Leningradi_Edasi_toimetus, lk 10
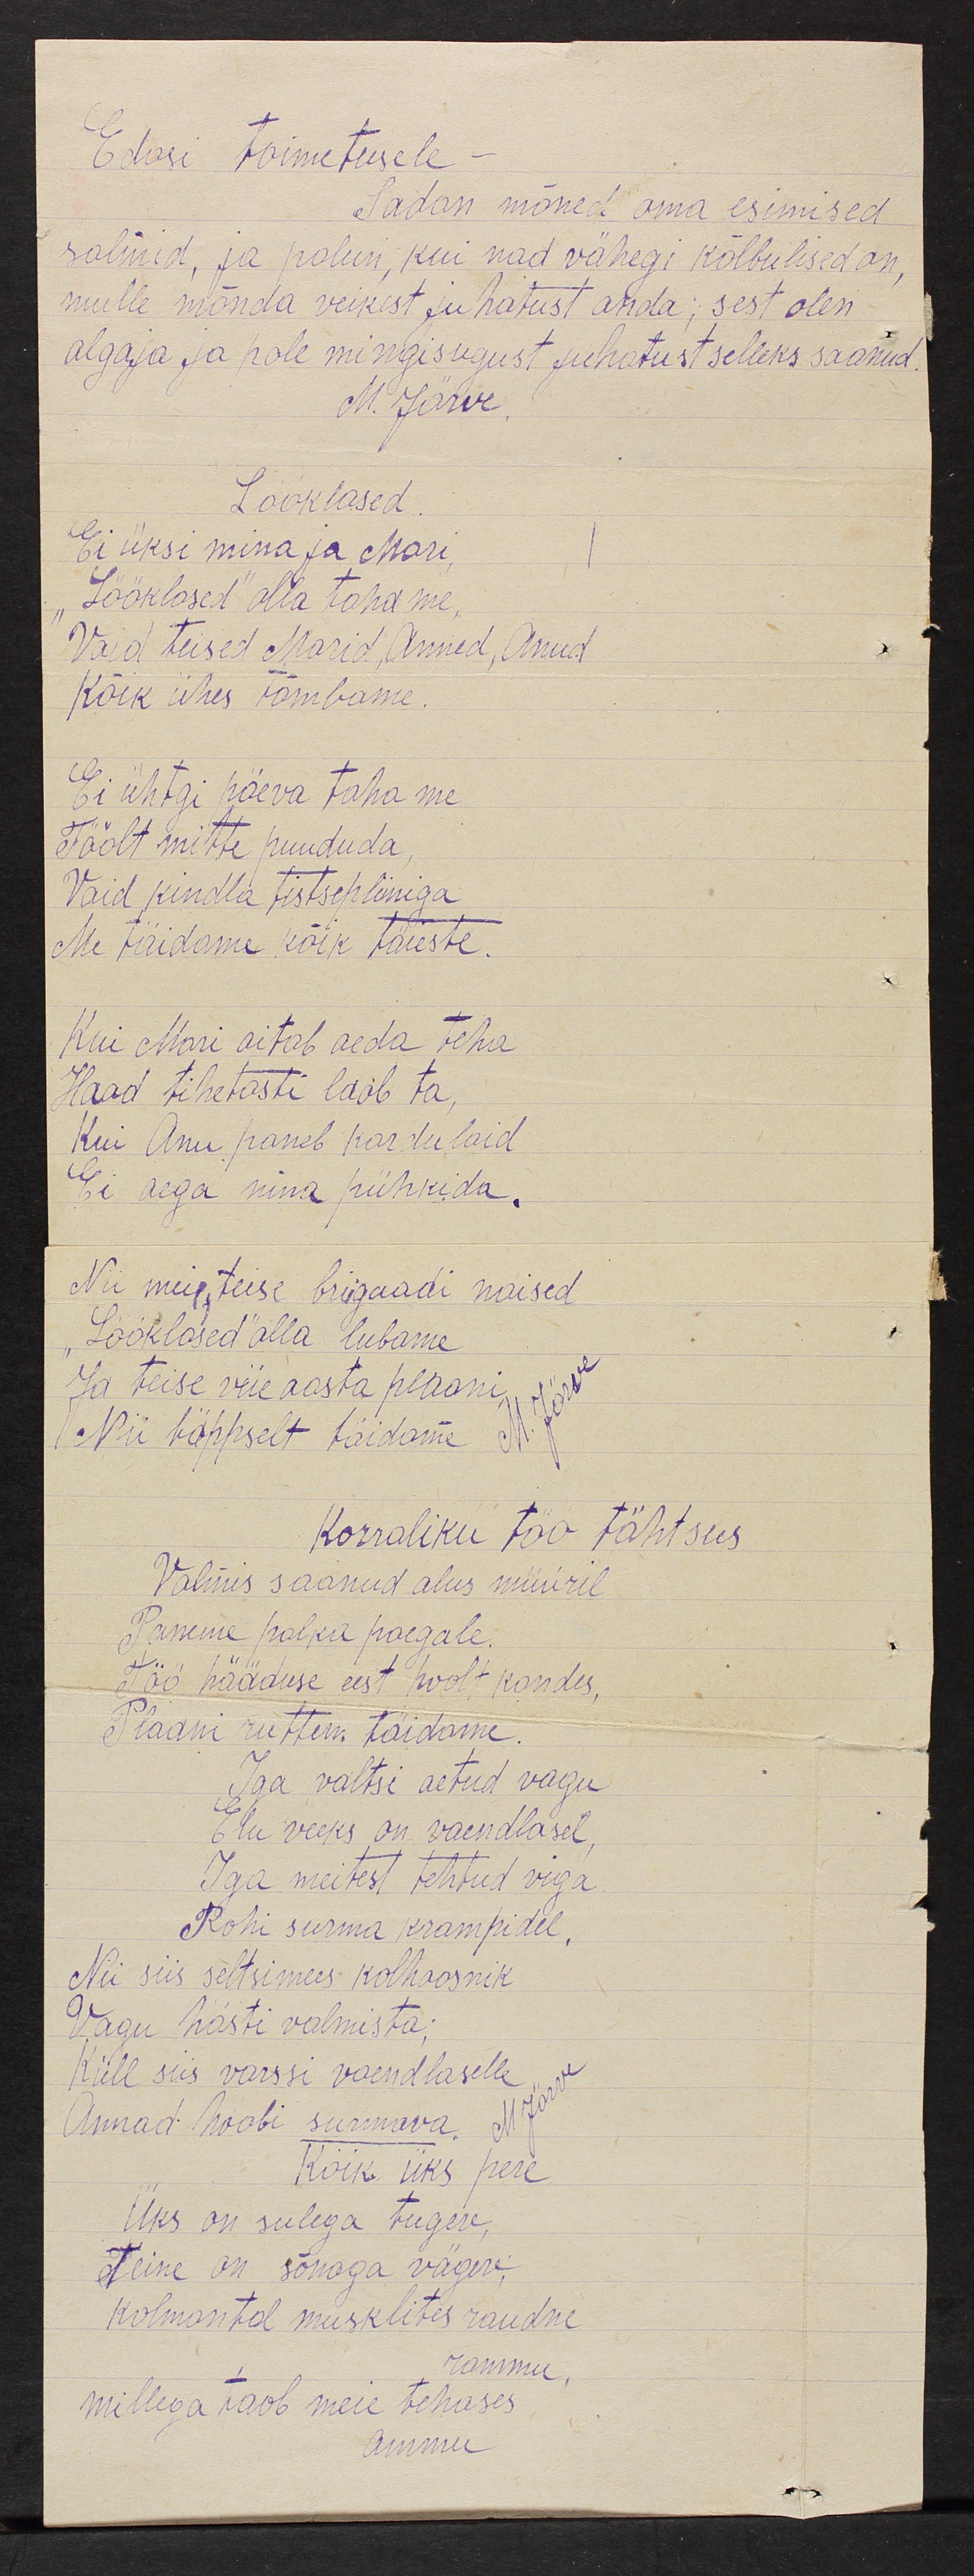
Edasi toimetusele
Saadan mõned oma esimised 
salmid, ja palun, kui nad vähegi kõlbulised on,
mulle mõnda veikest juhatust anda; sest olen
algaja ja pole mingisugust juhatust selleks saanud 
M. Järve
Lööklased
Ei üksi mina ja Mari,
"Lööklased" olla tahame,
Vaid teised Marid, Anned, Anud
Kõik ühes tõmbame.
Ei ühtegi päeva taha me
Töölt mitte puududa,
Vaid kindla tistsepliiniga
Me täidame kõik täieste.
Kui Mari aitab aeda teha
Haad tihetaste laob ta,
Kui Anu paneb kardulaid
Ei aega nina pühkida.
Nii meie teise brigaadi naised
"Lööklased" olla lubame
Ja teise viie aasta plaani
Nii täppselt täidame
Korraliku töö tähtsus
Valmis saanud alus müüril
Paneme palka paegale
Töö hääduse eest hoolt kandis
Plaani ruttem täidame.
Iga valtsi aetud vagu
Elu veeks on vaendlasel
Iga meitest tehtud viga
Rohi surma krampidel,
Nii siis seltsimees kolhoosnik
Vagu hästi valmista;
Küll siis varssi vaendlaselle
Annad hoobi surmava
Kõik üks pere
Üks on sulega tugev
Teine on sõnaga vägev;
kolmantal musklites raudne
rammu
millega taob meie tehases
ammu